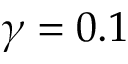
\gamma = 0 . 1